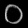
Digit: ၀